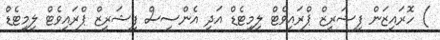
) ހޮރައިޒަން ފިޝަރީޒް ޕްރައިވެޓް ލިމިޓެޑް އަދި އެންސިސް ފިޝަރީޒް ޕްރައިވެޓް ލިމިޓެޑް